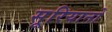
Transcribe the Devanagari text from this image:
सूरियानो